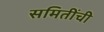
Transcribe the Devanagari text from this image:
समितींची